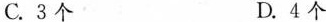
C.3个 D.4个